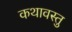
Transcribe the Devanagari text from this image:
कथावस्‍तु